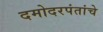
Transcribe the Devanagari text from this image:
दमोदरपंतांचे